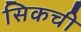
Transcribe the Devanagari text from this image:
सिकची